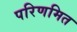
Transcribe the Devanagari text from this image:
परिणमित